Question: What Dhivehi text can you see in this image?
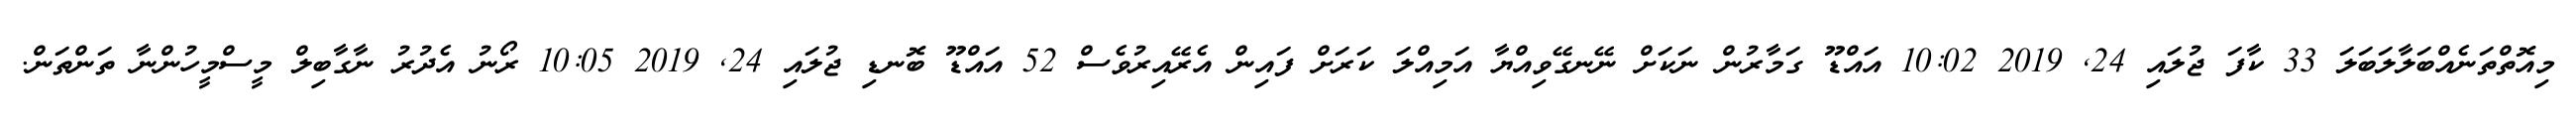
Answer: މިއޮތްތަނެއްބަލާލަބަލަ 33 ކާފަ ޖުލައި 24, 2019 10:02 އައްޑޫ ގަމާރުން ނަކަށް ނޭނގޭވިއްޔާ އަމިއްލަ ކަރަށް ފައިން އެރޭއިރުވެސް 52 އައްޑޫ ބޮނޑި ޖުލައި 24, 2019 10:05 ރޯނު އެދުރު ނާގާބިލް މީސްމީހުންނާ ތަންތަން.